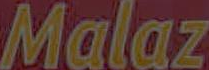
Malaz